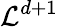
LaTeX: \mathcal{L}^{d+1}